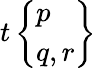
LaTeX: t\left\{ {\begin{array}{l}{p}\\ {q,r}\end{array}}\right\}